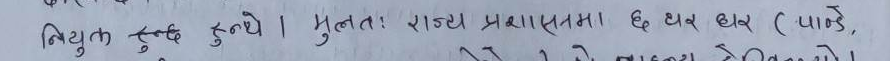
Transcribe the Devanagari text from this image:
नियुक्त हुन्थे । मूलतः राज्य प्रशासनमा छ थर थर (पाण्डे,
भुजेल र नेवारका कुरा गरिएको थियो ।